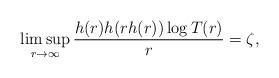
LaTeX: \begin{align*} \limsup_{r\to\infty}\frac{h(r)h(rh(r)) \log T(r)}{r}=\zeta, \end{align*}